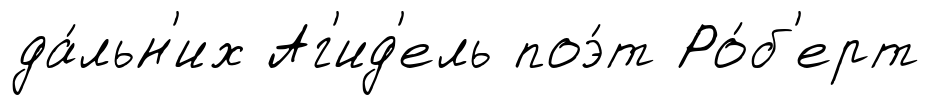
да́льн'их Аг'ид'ель поэ́т Ро́б'ерт